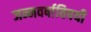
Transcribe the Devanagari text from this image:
जन्मवर्षाविषयी